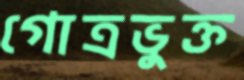
গোত্রভুক্ত